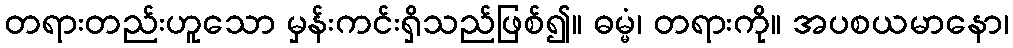
တရားတည်းဟူသော မှန်းကင်းရှိသည်ဖြစ်၍။ ဓမ္မံ၊ တရားကို။ အပစယမာနော၊